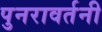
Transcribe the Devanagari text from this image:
पुनरावर्तनी